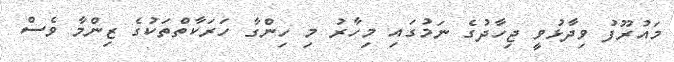
މައުރޫފު ވިދާޅުވީ ޖިހާދުގެ ނަމުގައި މިހާރު މި ހިންގާ ހަރަކާތްތަކުގެ ޒިންމާ ވެސް